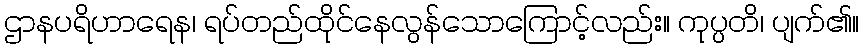
ဌာနပရိဟာရေန၊ ရပ်တည်ထိုင်နေလွန်သောကြောင့်လည်း။ ကုပ္ပတိ၊ ပျက်၏။